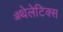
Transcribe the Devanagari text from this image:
ॲथेलेटिक्स